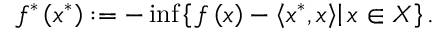
f ^ { * } \left( x ^ { * } \right) : = - \operatorname* { i n f } \left\{ \left. f \left( x \right) - \left\langle x ^ { * } , x \right\rangle \right| x \in X \right\} .